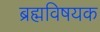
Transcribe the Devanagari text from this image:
ब्रह्मविषयक